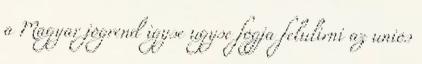
a Magyar jogrend igyse ugyse fogja felulirni az unios